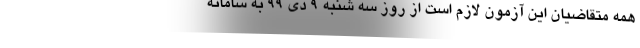
همه متقاضیان این آزمون لازم است از روز سه شنبه ۹ دی ۹۹ به سامانه